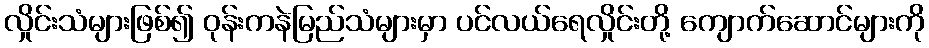
လှိုင်းသံများဖြစ်၍ ဝုန်းကနဲမြည်သံများမှာ ပင်လယ်ရေလှိုင်းတို့ ကျောက်ဆောင်များကို